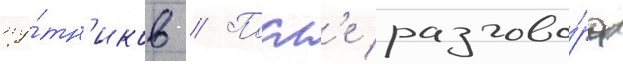
пу́тн'иков // Посл'е разгово́ра